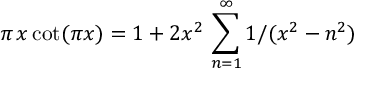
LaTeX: \pi \, x \cot ( \pi x ) = 1 + 2 x ^ { 2 } \, \sum _ { n = 1 } ^ { \infty } 1 / ( x ^ { 2 } - n ^ { 2 } )